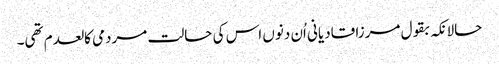
حالانکہ بقول مرزا قادیانی اُن دنوں اس کی حالت مردمی کالعدم تھی۔